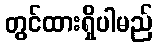
တွင်ထားရှိပါမည်